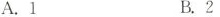
A.1 B.2